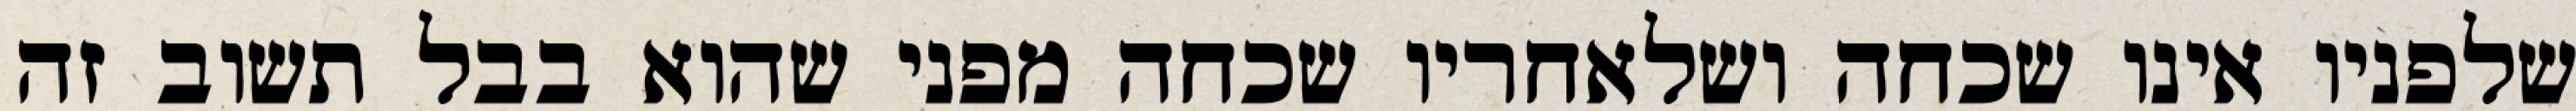
שלפניו אינו שכחה ושלאחריו שכחה מפני שהוא בבל תשוב זה